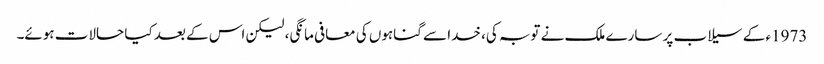
1973ء کے سیلاب پر سارے ملک نے توبہ کی، خدا سے گناہوں کی معافی مانگی، لیکن اس کے بعد کیا حالات ہوئے۔